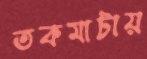
তকমাটায়